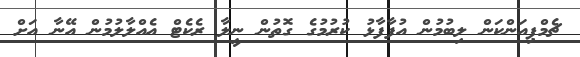
ޗެމްޕިއަންކަން ލިބުމުން އުފާފާޅު ކުރުމުގެ ގޮތުން ނީލާ ރެކެޓް އެއްލާލުމުން އޭނާ އަށް